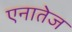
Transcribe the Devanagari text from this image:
एनातेज